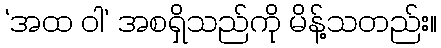
‘အထ ဝါ’ အစရှိသည်ကို မိန့်သတည်း။